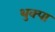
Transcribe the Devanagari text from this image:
थुक्पा